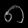
Digit: ၈